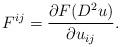
LaTeX: \begin{align*}F^{ij} = \frac{\partial F(D^2 u)}{\partial u_{ij}}.\end{align*}